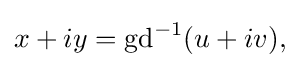
{\textstyle x+iy=\operatorname {gd} ^{-1}(u+iv),}